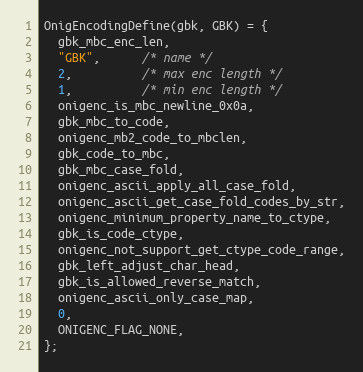
Language: C
OnigEncodingDefine(gbk, GBK) = {
  gbk_mbc_enc_len,
  "GBK",      /* name */
  2,          /* max enc length */
  1,          /* min enc length */
  onigenc_is_mbc_newline_0x0a,
  gbk_mbc_to_code,
  onigenc_mb2_code_to_mbclen,
  gbk_code_to_mbc,
  gbk_mbc_case_fold,
  onigenc_ascii_apply_all_case_fold,
  onigenc_ascii_get_case_fold_codes_by_str,
  onigenc_minimum_property_name_to_ctype,
  gbk_is_code_ctype,
  onigenc_not_support_get_ctype_code_range,
  gbk_left_adjust_char_head,
  gbk_is_allowed_reverse_match,
  onigenc_ascii_only_case_map,
  0,
  ONIGENC_FLAG_NONE,
};